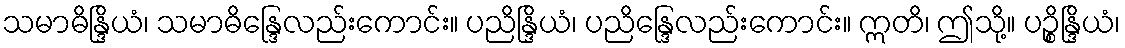
သမာဓိန္ဒြိယံ၊ သမာဓိန္ဒြေလည်းကောင်း။ ပညိန္ဒြိယံ၊ ပညိန္ဒြေလည်းကောင်း။ ဣတိ၊ ဤသို့။ ပဉ္စိန္ဒြိယံ၊